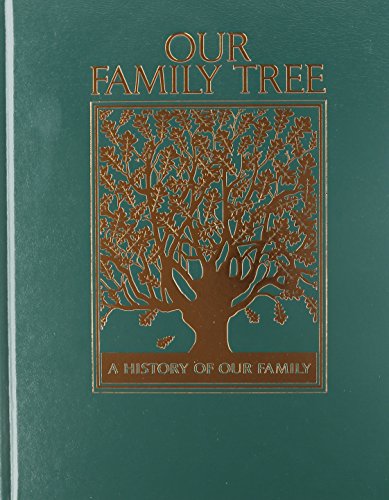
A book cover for Our Family Tree: A History of Our Family; Crafts, Hobbies & Home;